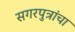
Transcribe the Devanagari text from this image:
सगरपुत्रांचा